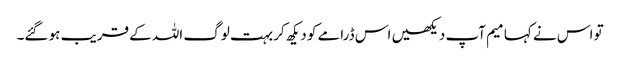
تو اس نے کہا میم آپ دیکھیں اس ڈرامے کو دیکھ کر بہت لوگ اللہ کے قریب ہو گئے۔